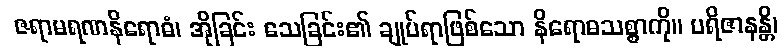
ဇရာမရဏနိရောဓံ၊ အိုခြင်း သေခြင်း၏ ချုပ်ရာဖြစ်သော နိရောဓသစ္စာကို။ ပရိဇာနန္တိ၊